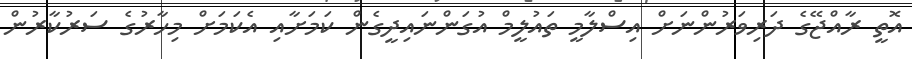
އޮތީ ރާއްޖޭގެ ދަރިވަރުންނަށް އިސްލާމީ ތައުލީމް އުގަންނައިދީގެން ކަމަށާއި އެކަމަށް މިހާރުގެ ސަރުކާރުން